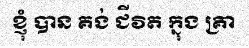
ខ្ញុំ បាន គង់ ជីវិត ក្នុង គ្រា